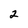
Character: 2